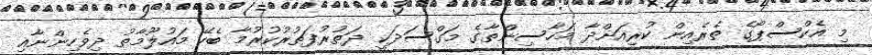
މި އެކްސްޕޯގެ ތެރެއިން ކުރިއަށްދާ މަހާސިންތާގެ މަގްސަދަކީ ދަތުރުފަތުރުކުރުމާ ބެހޭ މައުލޫމާތު ދިވެހިންނާއި